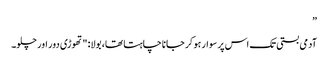
”
آدمی بستی تک اس پر سوار ہو کر جانا چاہتا تھا، بولا: "تھوڑی دور اور چلو۔